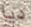
ديا